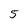
Character: 5